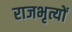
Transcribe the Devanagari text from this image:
राजभृत्यों